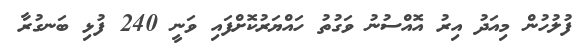
ފުލުހުުން މިއަދު އިރު އޮއްސުނު ވަގުތު ހައްޔަރުކޮށްފައި ވަނީ 240 ފުޅި ބަނގުރާ